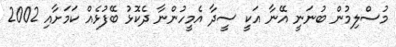
މުސްލިމުން ބުނަނީ އޭނާ އަކީ ސީދާ އެމީހުންނާ ދެކޮޅު ބޭފުޅެއް ކަމަށާއި 2002